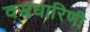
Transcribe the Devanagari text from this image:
वस्त्रधारिणी